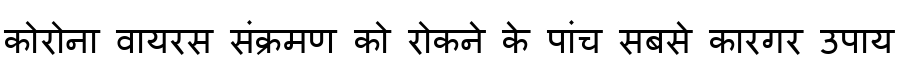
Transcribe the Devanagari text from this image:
कोरोना वायरस संक्रमण को रोकने के पांच सबसे कारगर उपाय